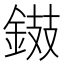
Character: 𨧾